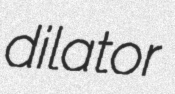
dilator